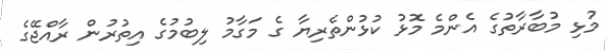
މުޅި މުބާރާތުގެ އެންމެ މޮޅު ކުޅުންތެރިޔާ ގެ މަގާމު ލިބުމުގެ އިތުރުން ރާއްޖޭގެ